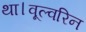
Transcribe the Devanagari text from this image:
था।वूल्वरिन